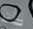
بأن